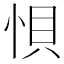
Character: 𭜼